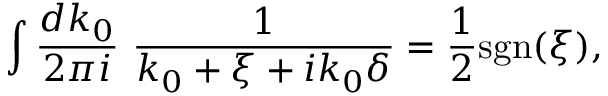
\int \frac { d k _ { 0 } } { 2 \pi i } \ \frac { 1 } { k _ { 0 } + \xi + i k _ { 0 } \delta } = \frac { 1 } { 2 } \mathrm { s g n } ( \xi ) ,